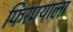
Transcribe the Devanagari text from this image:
फिरण्याला